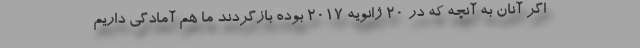
اگر آنان به آنچه که در ۲۰ ژانویه ۲۰۱۷ بوده بازگردند ما هم آمادگی داریم